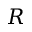
R